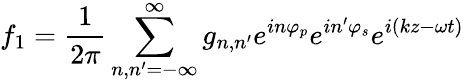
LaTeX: f_{1}=\frac{1}{2\pi}\sum_{n,n^{\prime}=-\infty}^{\infty}g_{n,n^{\prime}}e^{in\varphi_{p}}e^{in^{\prime}\varphi_{s}}e^{i(kz-\omega t)}